Trukikaitis_Postimees, lk 173
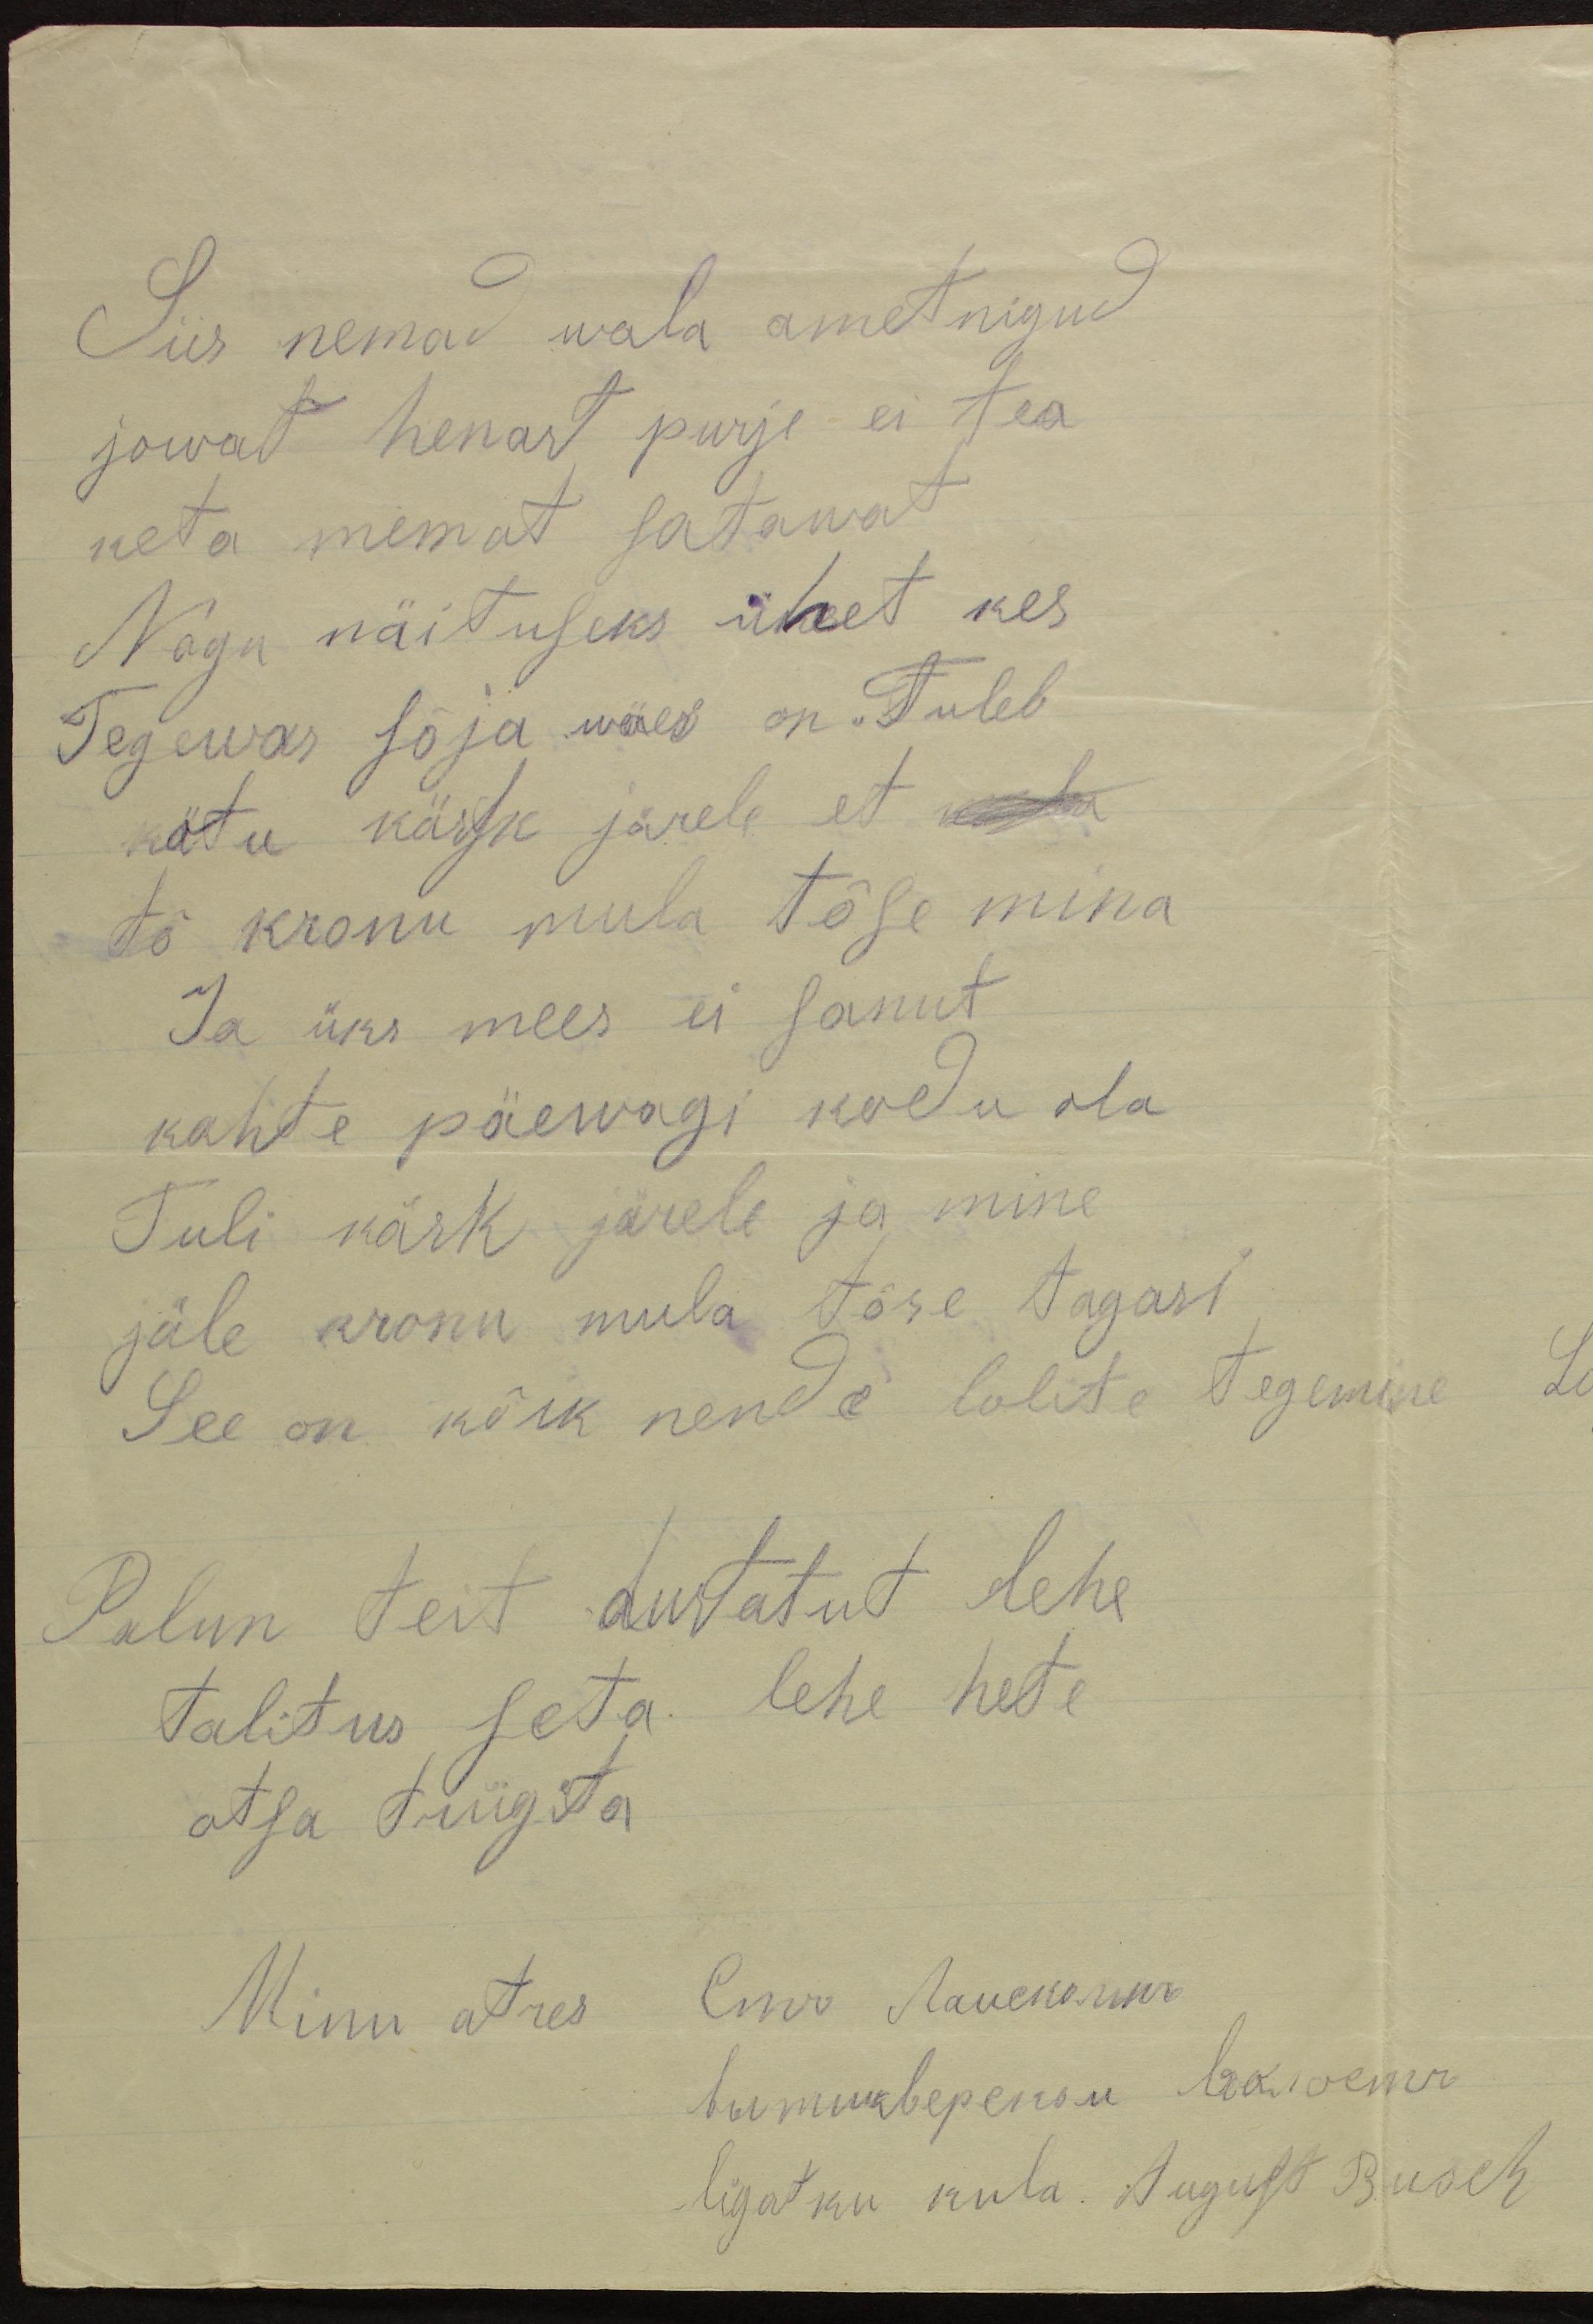
Siis nemad wala ametnikud
jowat henast purje ei tea
keta memat satawat.
Nagu näituseks ühet kes
Tegewas sõja wäes on "Tuleb
kätu kässk järele et
tõ kronu mula tõse mina
Ja üks mees ei sanut
kahte päewagi kodu ola
Tuli käsk järele ja mine
jäle kronu mula tõse tagasi
See on kõik nende lolite tegemine
Palun teit Austatut lehe
talitus seta lehe hete
otsa trügita.
Minu atres Euro Ламскстия
ligatku küla. August Buck